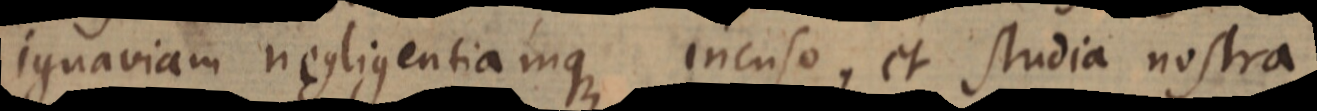
ignaviam negligentiamque incuso, et studia nostra